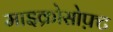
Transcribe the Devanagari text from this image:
माइक्रोसोफ़्ट